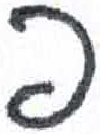
אות: פ